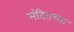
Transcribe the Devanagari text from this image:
मंदिराच्य़ा